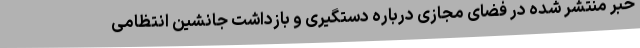
خبر منتشر شده در فضای مجازی درباره دستگیری و بازداشت جانشین انتظامی